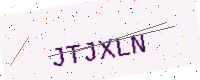
Text: JTJXLN